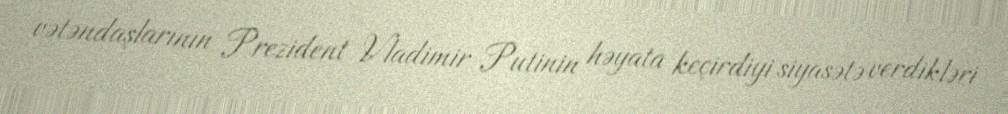
vətəndaşlarının Prezident Vladimir Putinin həyata keçirdiyi siyasətə verdikləri